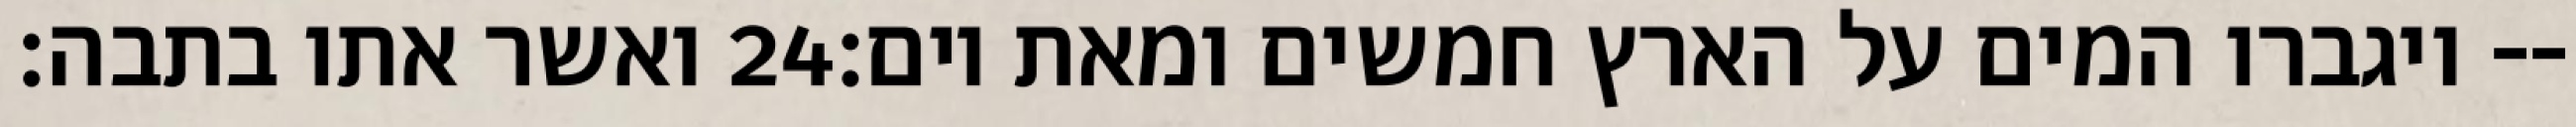
ואשר אתו בתבה׃ ‎24‏ ויגברו המים על הארץ חמשים ומאת יום׃--